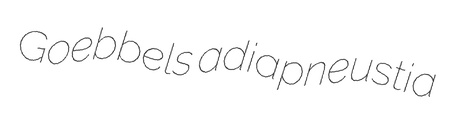
Goebbels adiapneustia